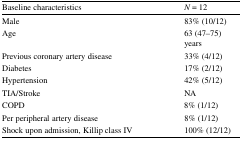
<table><thead><tr><td><b>Baseline characteristics</b></td><td><b><i>N</i> = 12</b></td></tr></thead><tbody><tr><td>Male</td><td>83% (10/12)</td></tr><tr><td>Age</td><td>63 (47–75) years</td></tr><tr><td>Previous coronary artery disease</td><td>33% (4/12)</td></tr><tr><td>Diabetes</td><td>17% (2/12)</td></tr><tr><td>Hypertension</td><td>42% (5/12)</td></tr><tr><td>TIA/Stroke</td><td>NA</td></tr><tr><td>COPD</td><td>8% (1/12)</td></tr><tr><td>Per peripheral artery disease</td><td>8% (1/12)</td></tr><tr><td>Shock upon admission, Killip class IV</td><td>100% (12/12)</td></tr></tbody></table>